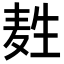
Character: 𪽂